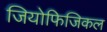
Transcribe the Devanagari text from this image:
जियोफिजिकल